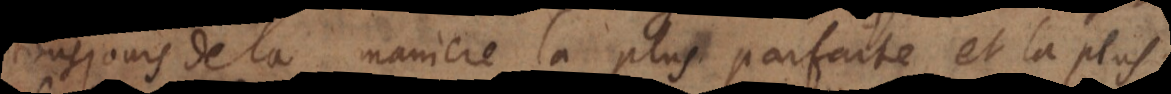
de la maniere la plus parfaite, et la plus